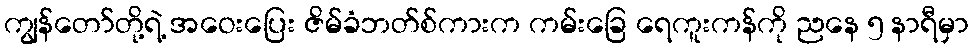
ကျွန်တော်တို့ရဲ့ အဝေးပြေး ဇိမ်ခံဘတ်စ်ကားက ကမ်းခြေ ရေကူးကန်ကို ညနေ ၅ နာရီမှာ